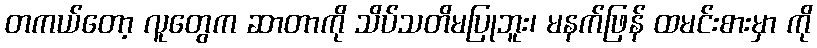
တကယ်တော့ လူတွေက ဆာတာကို သိပ်သတိမပြုဘူး၊ မနက်ဖြန် ထမင်းစားမှာ ကို